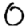
Digit: 0